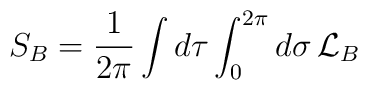
S_B=\frac{1}{2\pi}\int d\tau \int_0^{2\pi} d\sigma \,{\cal L}_B